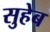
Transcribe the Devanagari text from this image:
सुहेब